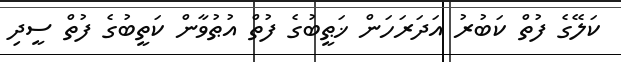
ކަލޭގެ ފުތް ކަބުރު އަދަރަހަން ޚަޠީބުގެ ފުތް އުޠުވާން ކަތީބުގެ ފުތް ސީދި